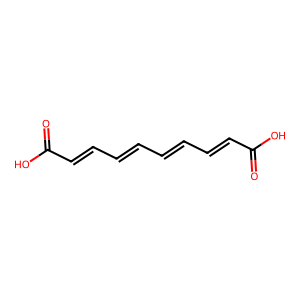
SMILES: O=C(O)C=CC=CC=CC=CC(=O)O
Inhibits HIV replication: No